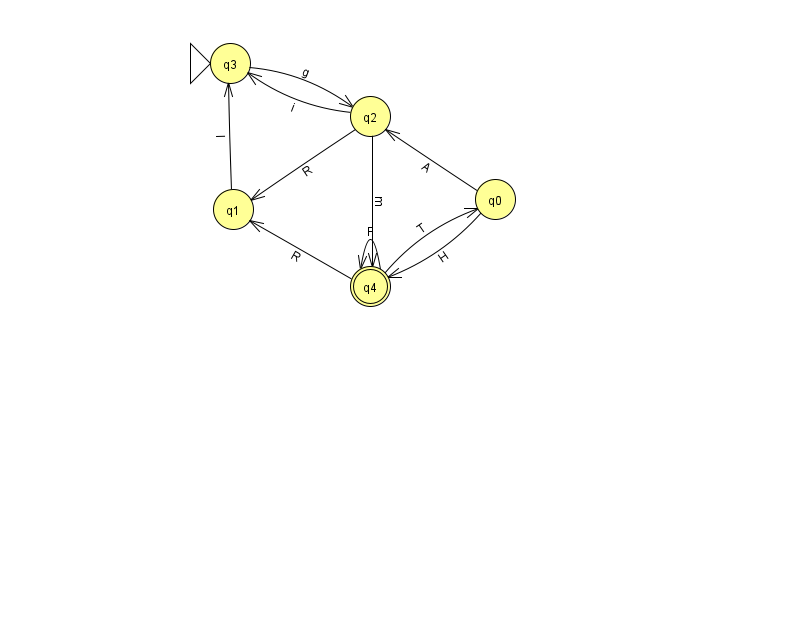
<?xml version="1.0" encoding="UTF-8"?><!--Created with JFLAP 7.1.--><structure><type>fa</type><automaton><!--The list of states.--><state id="0" name="q0"><x>495.0</x><y>186.0</y></state><state id="1" name="q1"><x>233.0</x><y>196.0</y></state><state id="2" name="q2"><x>370.0</x><y>103.0</y></state><state id="3" name="q3"><x>230.0</x><y>50.0</y><initial/></state><state id="4" name="q4"><x>370.0</x><y>273.0</y><final/></state><!--The list of transitions.--><transition><from>4</from><to>0</to><read>T</read></transition><transition><from>2</from><to>3</to><read>i</read></transition><transition><from>4</from><to>1</to><read>R</read></transition><transition><from>4</from><to>4</to><read>F</read></transition><transition><from>2</from><to>4</to><read>m</read></transition><transition><from>1</from><to>3</to><read>I</read></transition><transition><from>3</from><to>2</to><read>g</read></transition><transition><from>0</from><to>4</to><read>H</read></transition><transition><from>2</from><to>1</to><read>R</read></transition><transition><from>0</from><to>2</to><read>A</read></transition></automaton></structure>